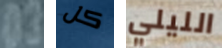
03 كل الليلي